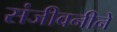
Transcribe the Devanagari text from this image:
संजीवनीने